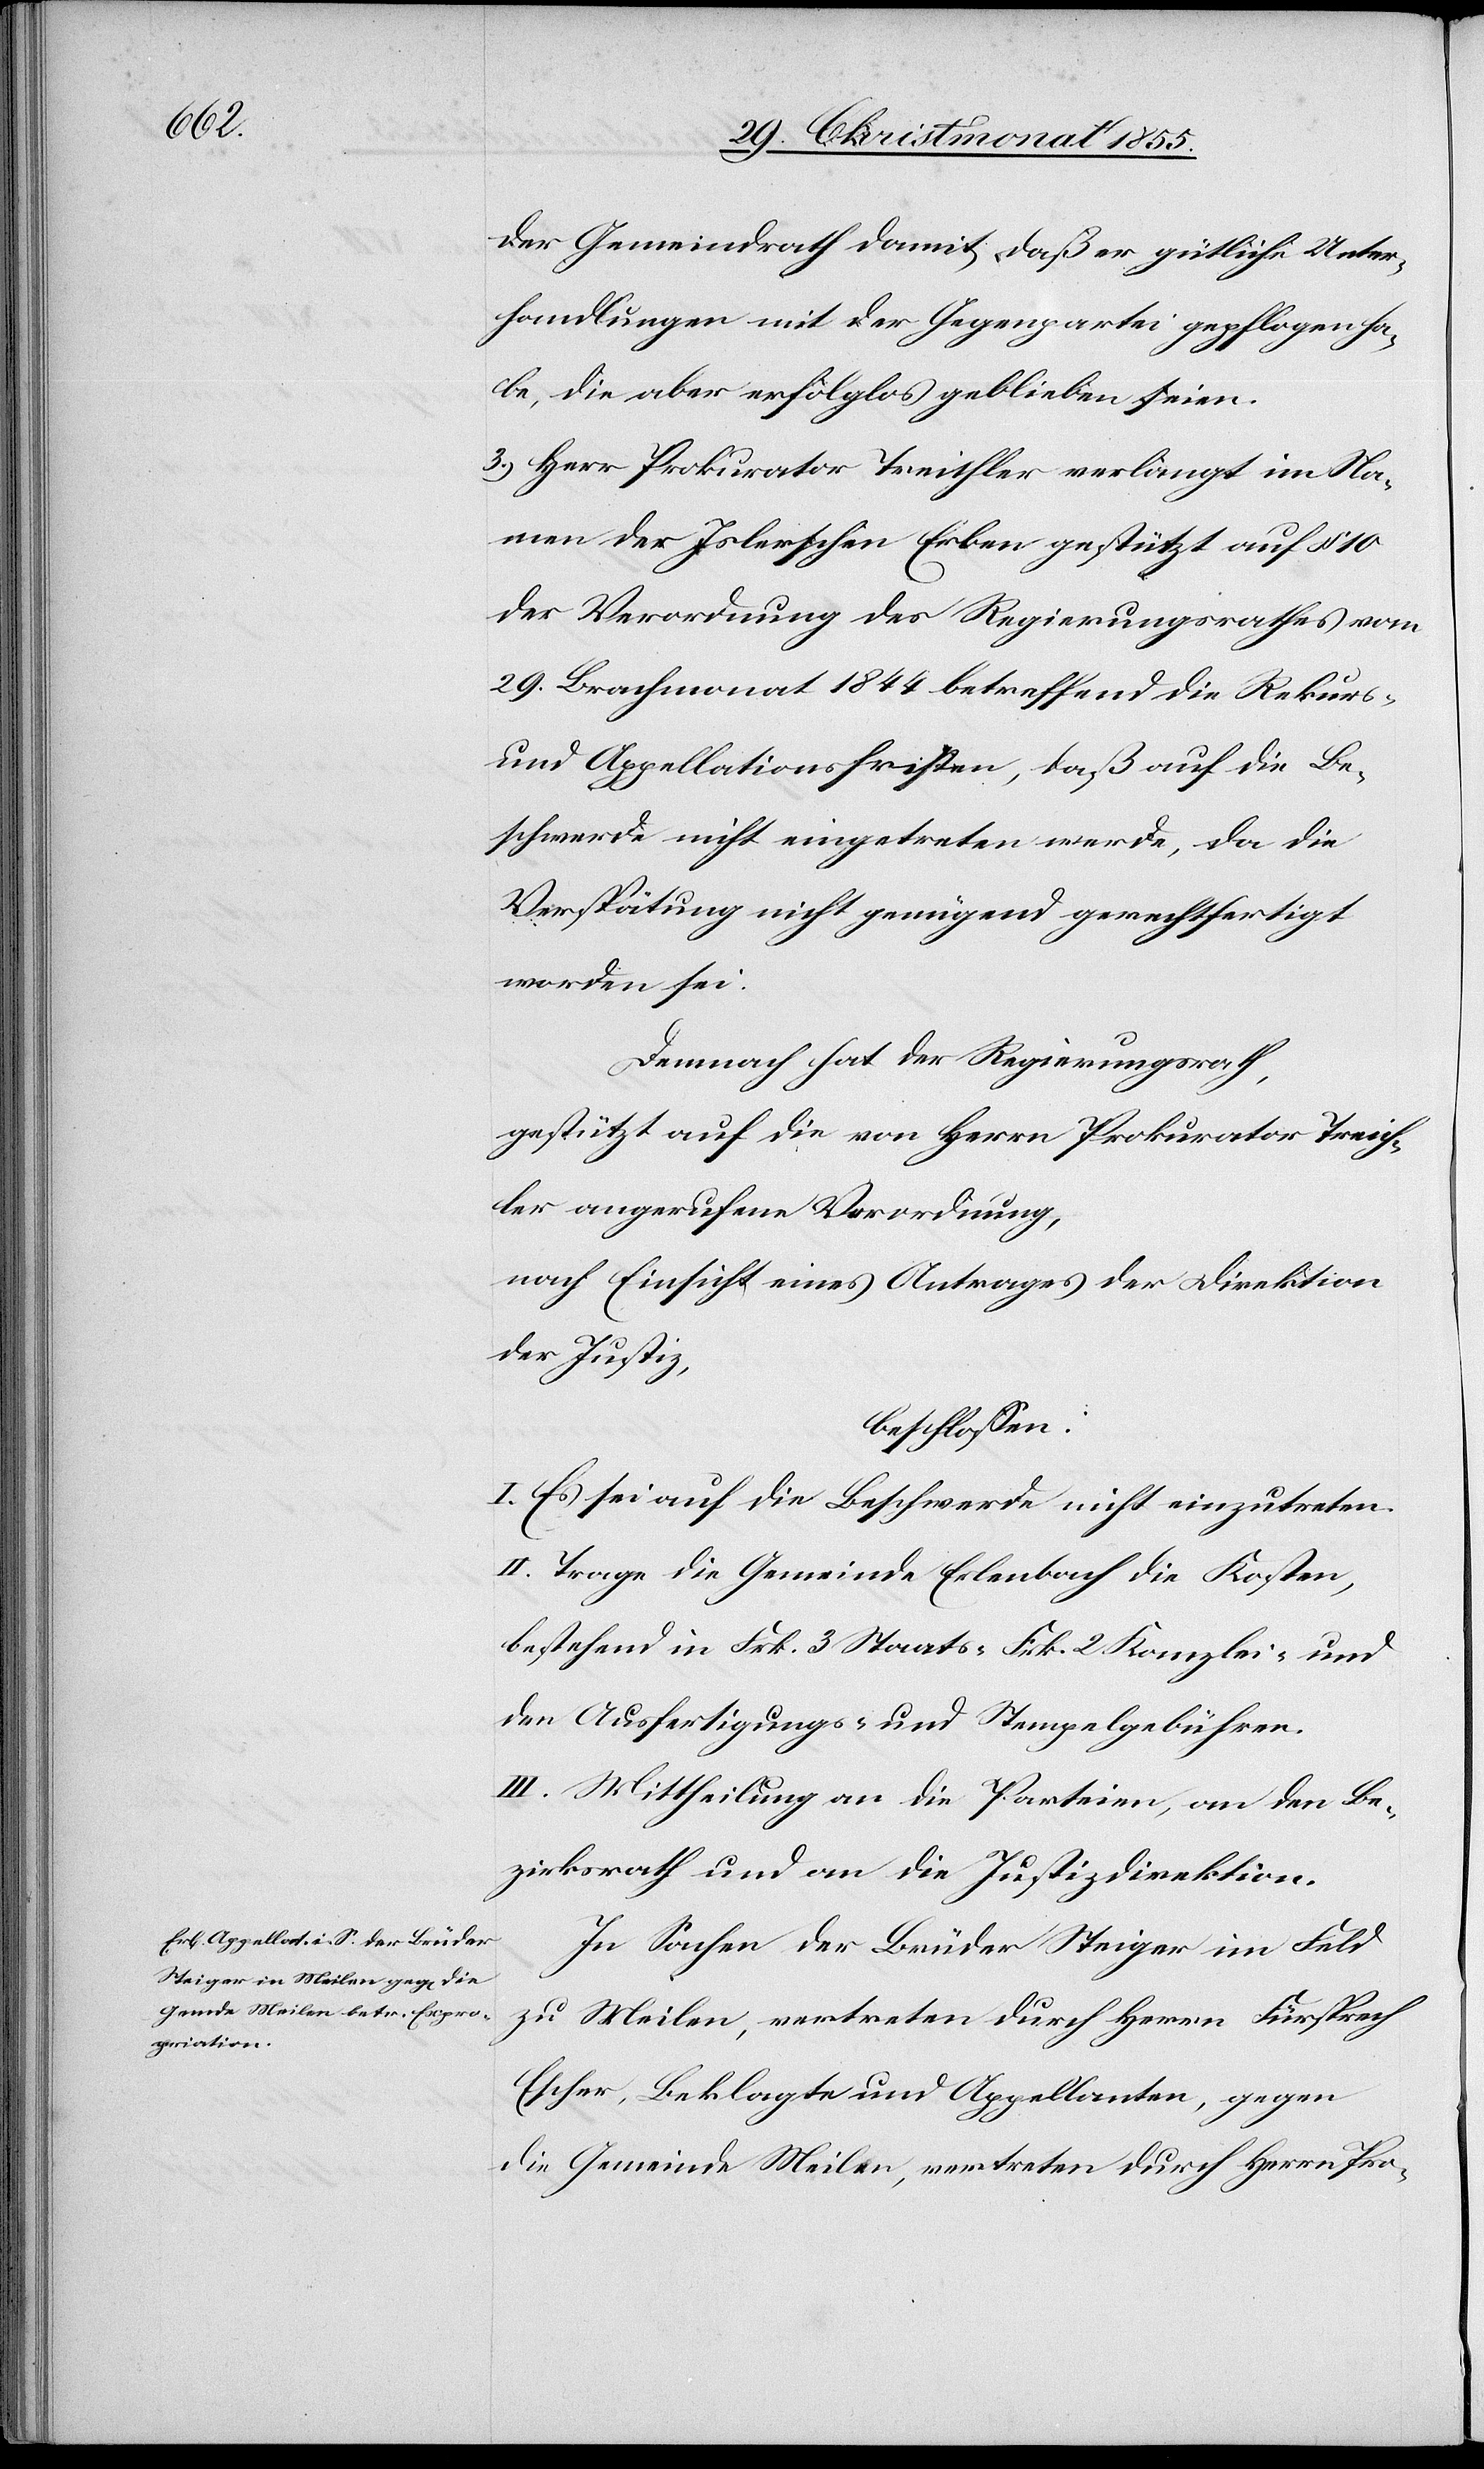
der Gemeindrath damit, daß er gütliche Unter¬
handlungen mit der Gegenpartei gepflogen ha¬
be, die aber erfolglos geblieben seien.
3.) Herr Prokurator Treichler verlangt im Na¬
men der Islerschen Erben gestützt auf § 10
der Verordnung des Regierungsrathes vom
29. Brachmonat 1844 betreffend die Rekurs-
und Appellationsfristen, daß auf die Be¬
schwerde nicht eingetreten werde, da die
Verspätung nicht genügend gerechtfertigt
worden sei.
Demnach hat der Regierungsrath,
gestützt auf die von Herrn Prokurator Treich¬
ler angerufene Verordnung,
nach Einsicht eines Antrages der Direktion
der Justiz,
beschlossen:
I. Es sei auf die Beschwerde nicht einzutreten.
II. Trage die Gemeinde Erlenbach die Kosten,
bestehend in Frk. 3 Staats-[,] Frk. 2 Kanzlei- und
den Ausfertigungs- und Stempelgebühren.
III. Mittheilung an die Parteien, an den Be¬
zirksrath und an die Justizdirektion.
In Sachen der Brüder Steiger im Feld
zu Meilen, vertreten durch Herrn Fürsprech
Escher, Beklagte und Appellanten, gegen
die Gemeinde Meilen, vertreten durch Herrn Pro-